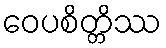
ဝေပစိတ္တိဿ